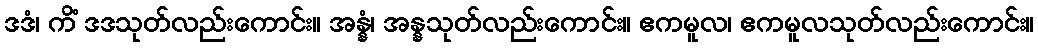
ဒဒံ၊ ကိံ ဒဒသုတ်လည်းကောင်း။ အန္နံ၊ အန္နသုတ်လည်းကောင်း။ ဧကမူလ၊ ဧကမူလသုတ်လည်းကောင်း။